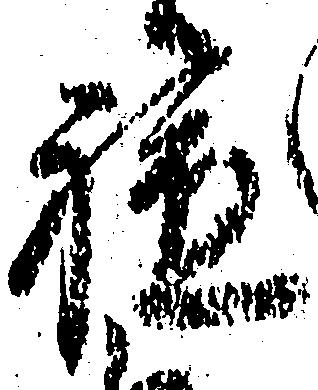
軈